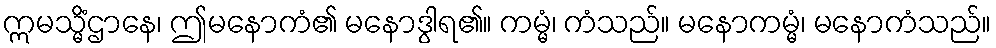
ဣမသ္မိံဌာနေ၊ ဤမနောကံ၏ မနောဒွါရ၏။ ကမ္မံ၊ ကံသည်။ မနောကမ္မံ၊ မနောကံသည်။